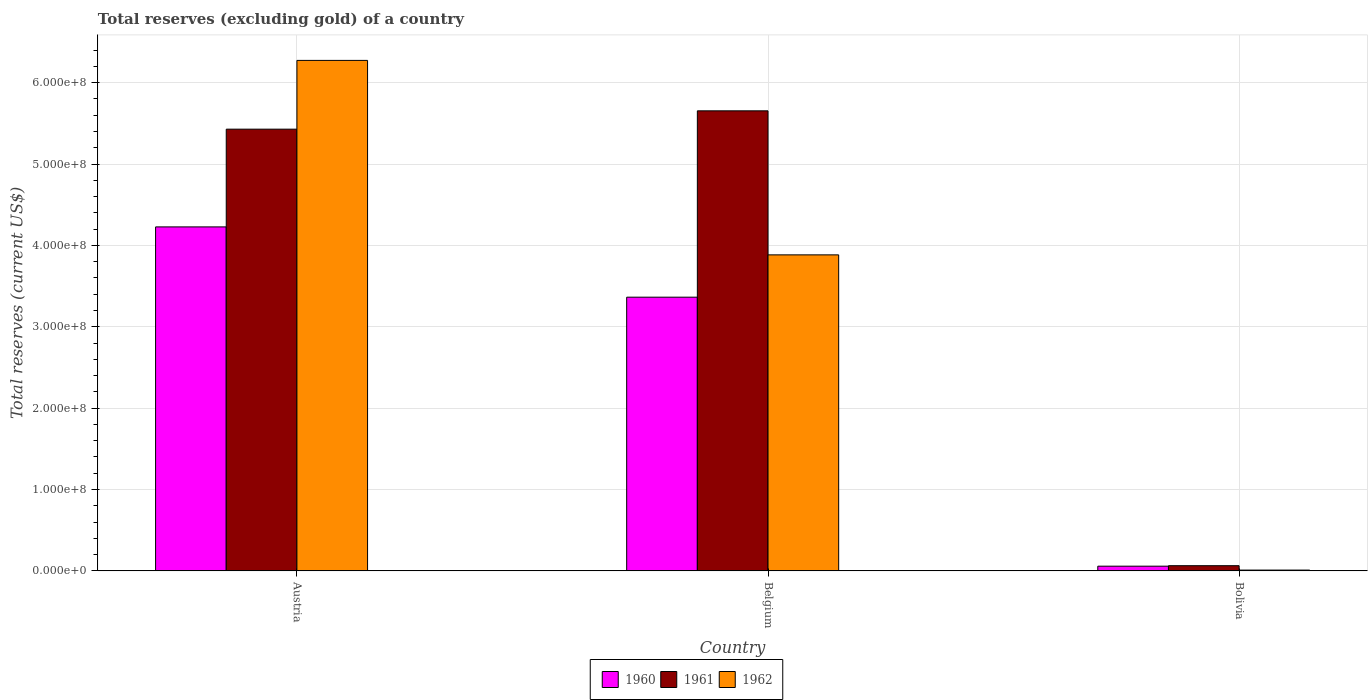
| Country | 1960 | 1961 | 1962 |
 | --- | --- | --- | --- |
 | Austria | 4.23e+08 | 5.43e+08 | 6.27e+08 |
 | Belgium | 3.36e+08 | 5.65e+08 | 3.88e+08 |
 | Bolivia | 5.8e+06 | 6.4e+06 | 1e+06 |